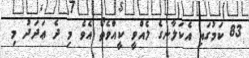
83 ކަމުގައި އެކަލާނގެ ލެއްވީ ކީއްވެތޯ އެވެ މި ދެ ޢަދަދު މި